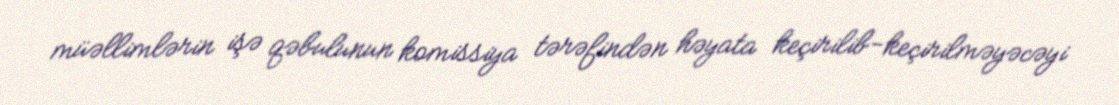
müəllimlərin işə qəbulunun komissiya tərəfindən həyata keçirilib-keçirilməyəcəyi